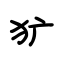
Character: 犷